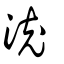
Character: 㳘